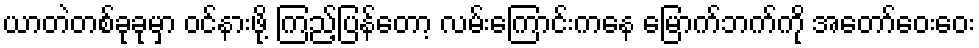
ယာတဲတစ်ခုခုမှာ ဝင်နားဖို့ ကြည့်ပြန်တော့ လမ်းကြောင်းကနေ မြောက်ဘက်ကို အတော်ဝေးဝေး